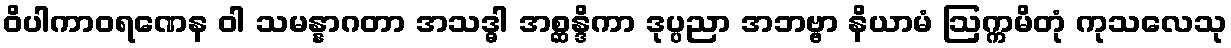
ဝိပါကာဝရဏေန ဝါ သမန္နာဂတာ အသဒ္ဓါ အစ္ဆန္ဒိကာ ဒုပ္ပညာ အဘဗ္ဗာ နိယာမံ ဩက္ကမိတုံ ကုသလေသု